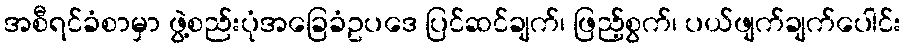
အစီရင်ခံစာမှာ ဖွဲ့စည်းပုံအခြေခံဥပဒေ ပြင်ဆင်ချက်၊ ဖြည့်စွက်၊ ပယ်ဖျက်ချက်ပေါင်း